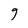
Character: g